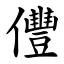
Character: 㒥